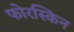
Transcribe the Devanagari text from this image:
फोरस्किन